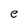
Character: e